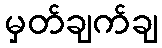
မှတ်ချက်ချ